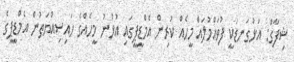
ޝިފާގް: އަޅުގަނޑަކީ ފުވައްމުލައް މީހެއް ކުރިން އެމްޑީޕީގައި އުޅުނު މީހެއްގެ ހައިސިއްޔަތުން އެމްޑީޕީގެ